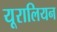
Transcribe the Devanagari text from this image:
यूरालियन